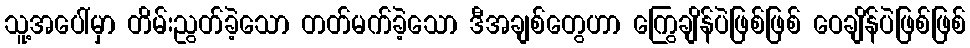
သူ့အပေါ်မှာ တိမ်းညွတ်ခဲ့သော တတ်မက်ခဲ့သော ဒီအချစ်တွေဟာ ကြွေချိန်ပဲဖြစ်ဖြစ် ဝေချိန်ပဲဖြစ်ဖြစ်